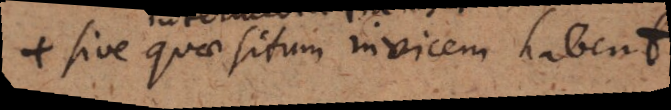
sive quae situm invicem habent